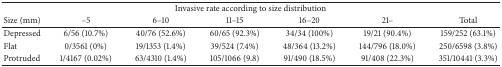
| <COLSPAN=7> Invasive rate according to size distribution |
 | Size (mm) | –5 | 6–10 | 11–15 | 16–20 | 21– | Total |
 | --- | --- | --- | --- | --- | --- | --- |
 | Depressed | 6/56 (10.7%) | 40/76 (52.6%) | 60/65 (92.3%) | 34/34 (100%) | 19/21 (90.4%) | 159/252 (63.1%) |
 | Flat | 0/3561 (0%) | 19/1353 (1.4%) | 39/524 (7.4%) | 48/364 (13.2%) | 144/796 (18.0%) | 250/6598 (3.8%) |
 | Protruded | 1/4167 (0.02%) | 63/4310 (1.4%) | 105/1066 (9.8) | 91/490 (18.5%) | 91/408 (22.3%) | 351/10441 (3.3%) |